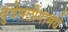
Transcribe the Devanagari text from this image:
बुंदेसलीगामधे